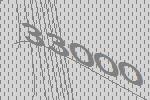
33000